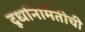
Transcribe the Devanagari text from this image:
दूधनिर्मितीची